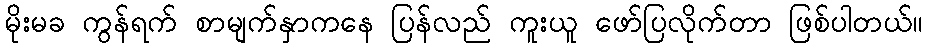
မိုးမခ ကွန်ရက် စာမျက်နှာကနေ ပြန်လည် ကူးယူ ဖော်ပြလိုက်တာ ဖြစ်ပါတယ်။